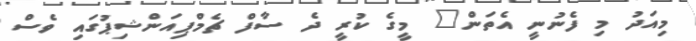
މިއަދު މި ފެނުނީ އެތަން" މީގެ ކުރީ ދެ ސާފް ޗެމްޕިއަންޝިޕުގައި ވެސް